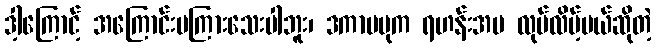
ဒါ့ကြောင့် အကြောင်းမကြားသေးပါဘူး၊ ဒကာမပုက ရဟန်းအမ လုပ်လိမ့်မယ်ဆိုတဲ့